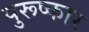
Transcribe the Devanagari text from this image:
पुरूष्कार